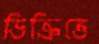
ডিক্রিতে